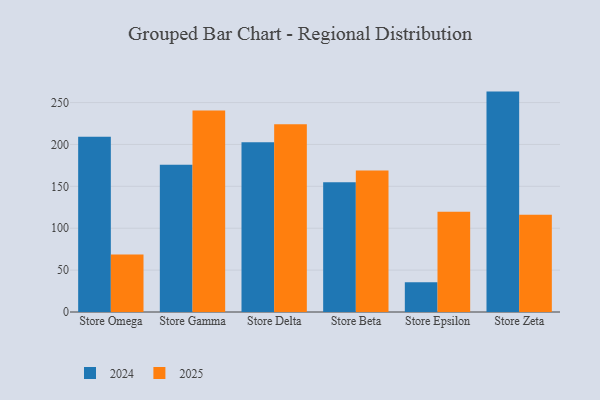
{"axis": {"x": "Store", "y": "Customer Acquisition Cost (USD)"}, "legend": ["2024", "2025"], "data": [{"x": "Store Omega", "y": 68.5, "type": "2025"}, {"x": "Store Omega", "y": 209.3, "type": "2024"}, {"x": "Store Gamma", "y": 240.5, "type": "2025"}, {"x": "Store Gamma", "y": 175.8, "type": "2024"}, {"x": "Store Delta", "y": 224.2, "type": "2025"}, {"x": "Store Delta", "y": 202.7, "type": "2024"}, {"x": "Store Beta", "y": 168.9, "type": "2025"}, {"x": "Store Beta", "y": 155.0, "type": "2024"}, {"x": "Store Epsilon", "y": 119.7, "type": "2025"}, {"x": "Store Epsilon", "y": 35.6, "type": "2024"}, {"x": "Store Zeta", "y": 116.0, "type": "2025"}, {"x": "Store Zeta", "y": 263.1, "type": "2024"}]}